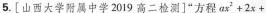
5. [山西大学附属中学 2019 高二检测]“方程$$a x ^ { 2 } + 2 x +